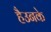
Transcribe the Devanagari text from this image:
हैउनके